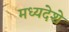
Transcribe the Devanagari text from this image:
मध्यदेशे